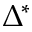
\Delta ^ { * }